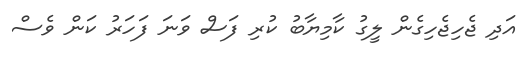
އަދި ޖެހިޖެހިގެން ލީގު ކާމިޔާބު ކުރި ފަސް ވަނަ ފަހަރު ކަން ވެސް